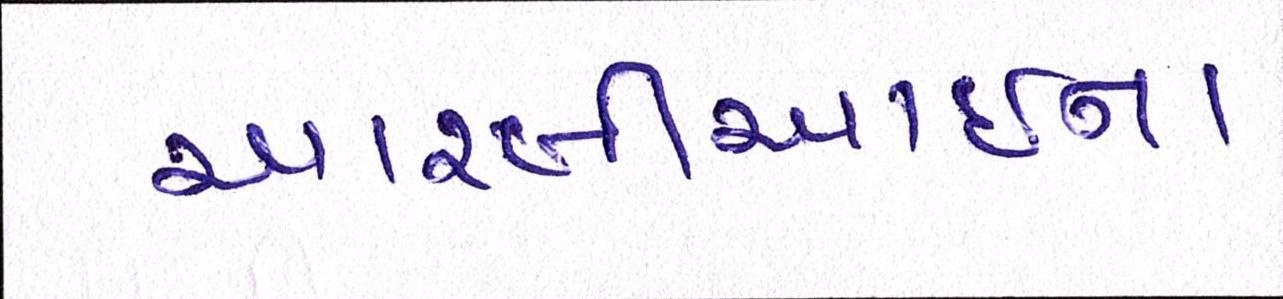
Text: આરબીઆઇના